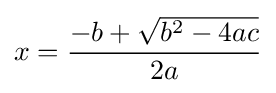
x={\frac {-b+{\sqrt {b^{2}-4ac}}}{2a}}